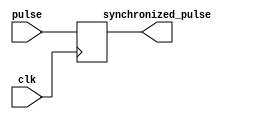
module pulse_synchronizer (
    input clk, // system clock
    input pulse, // incoming pulse signal
    output reg synchronized_pulse // synchronized pulse signal
);

always @(posedge clk) begin
    synchronized_pulse <= pulse;
end

endmodule